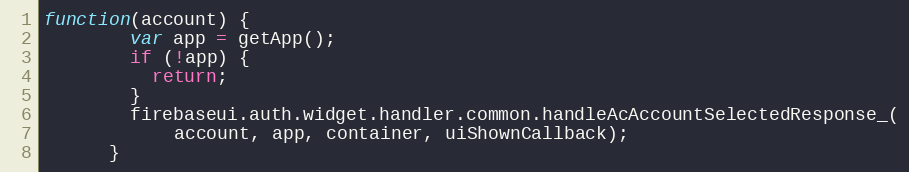
Language: JavaScript
function(account) {
        var app = getApp();
        if (!app) {
          return;
        }
        firebaseui.auth.widget.handler.common.handleAcAccountSelectedResponse_(
            account, app, container, uiShownCallback);
      }